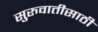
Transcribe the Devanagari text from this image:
सुरुवातीसाठी